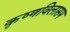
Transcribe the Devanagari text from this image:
कृष्णविलासम